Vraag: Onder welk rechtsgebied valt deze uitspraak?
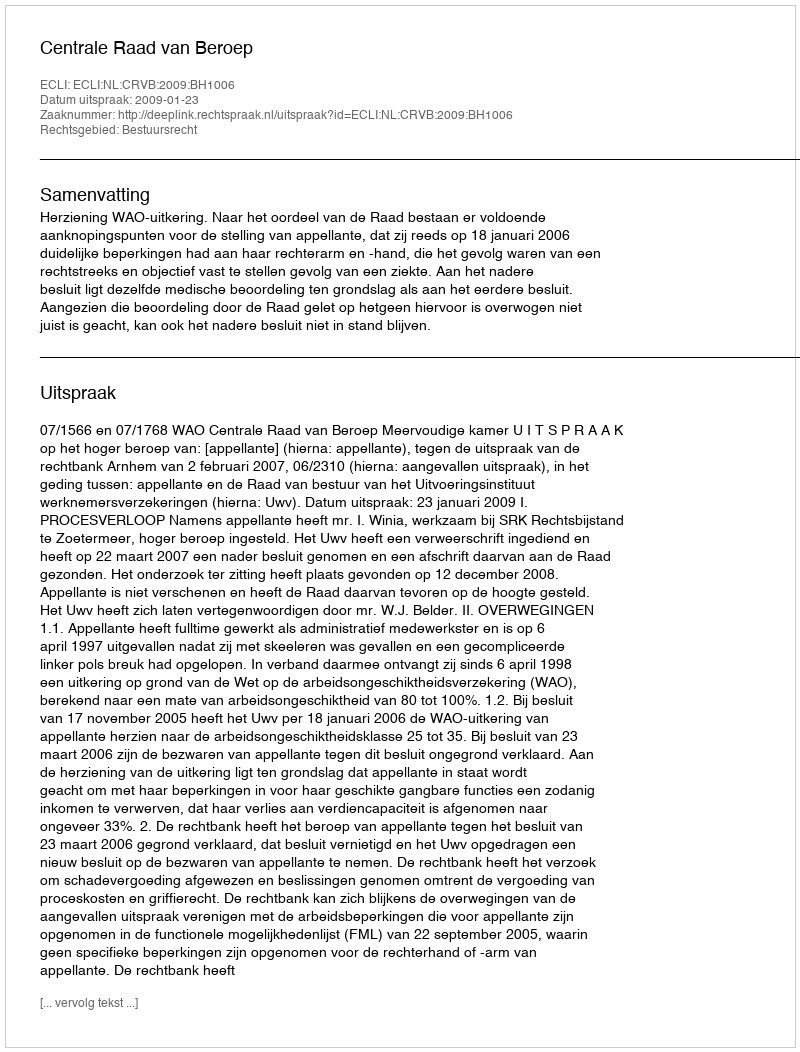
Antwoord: Bestuursrecht